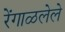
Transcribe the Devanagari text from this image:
रेंगाळलेले